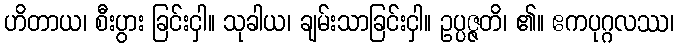
ဟိတာယ၊ စီးပွား ခြင်းငှါ။ သုခါယ၊ ချမ်းသာခြင်းငှါ။ ဥပ္ပဇ္ဇတိ၊ ၏။ ဧကပုဂ္ဂလဿ၊